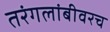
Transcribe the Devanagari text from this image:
तरंगलांबीवरच